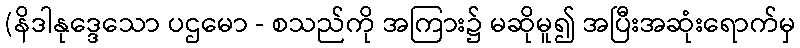
(နိဒါနုဒ္ဒေသော ပဌမော - စသည်ကို အကြား၌ မဆိုမူ၍ အပြီးအဆုံးရောက်မှ